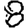
Digit: 8